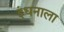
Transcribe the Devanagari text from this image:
इंधनाला